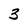
Character: 3